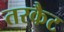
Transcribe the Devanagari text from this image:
तरकैट